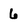
Character: 6